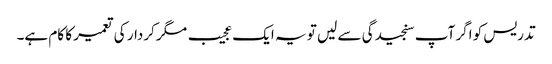
تدریس کو اگر آپ سنجیدگی سے لیں تو یہ ایک عجیب مگر کردار کی تعمیر کا کام ہے۔